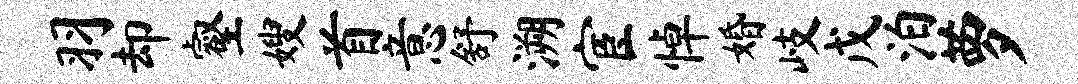
羽却壑嫂首意舒溯宦悼婚岐戊泊萝